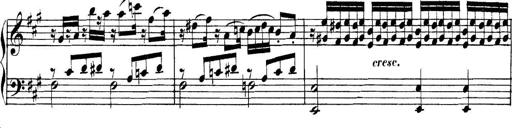
Title: Collected Piano Sonatas
Composer: Muzio Clementi